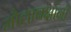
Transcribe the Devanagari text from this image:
मौलाबक्षांनी